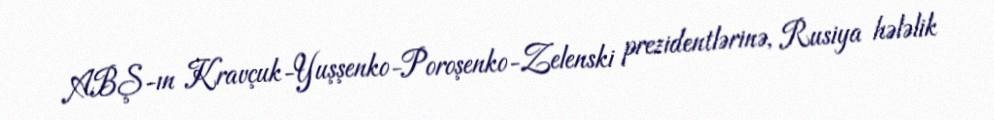
ABŞ-ın Kravçuk-Yuşşenko-Poroşenko-Zelenski prezidentlərinə, Rusiya hələlik